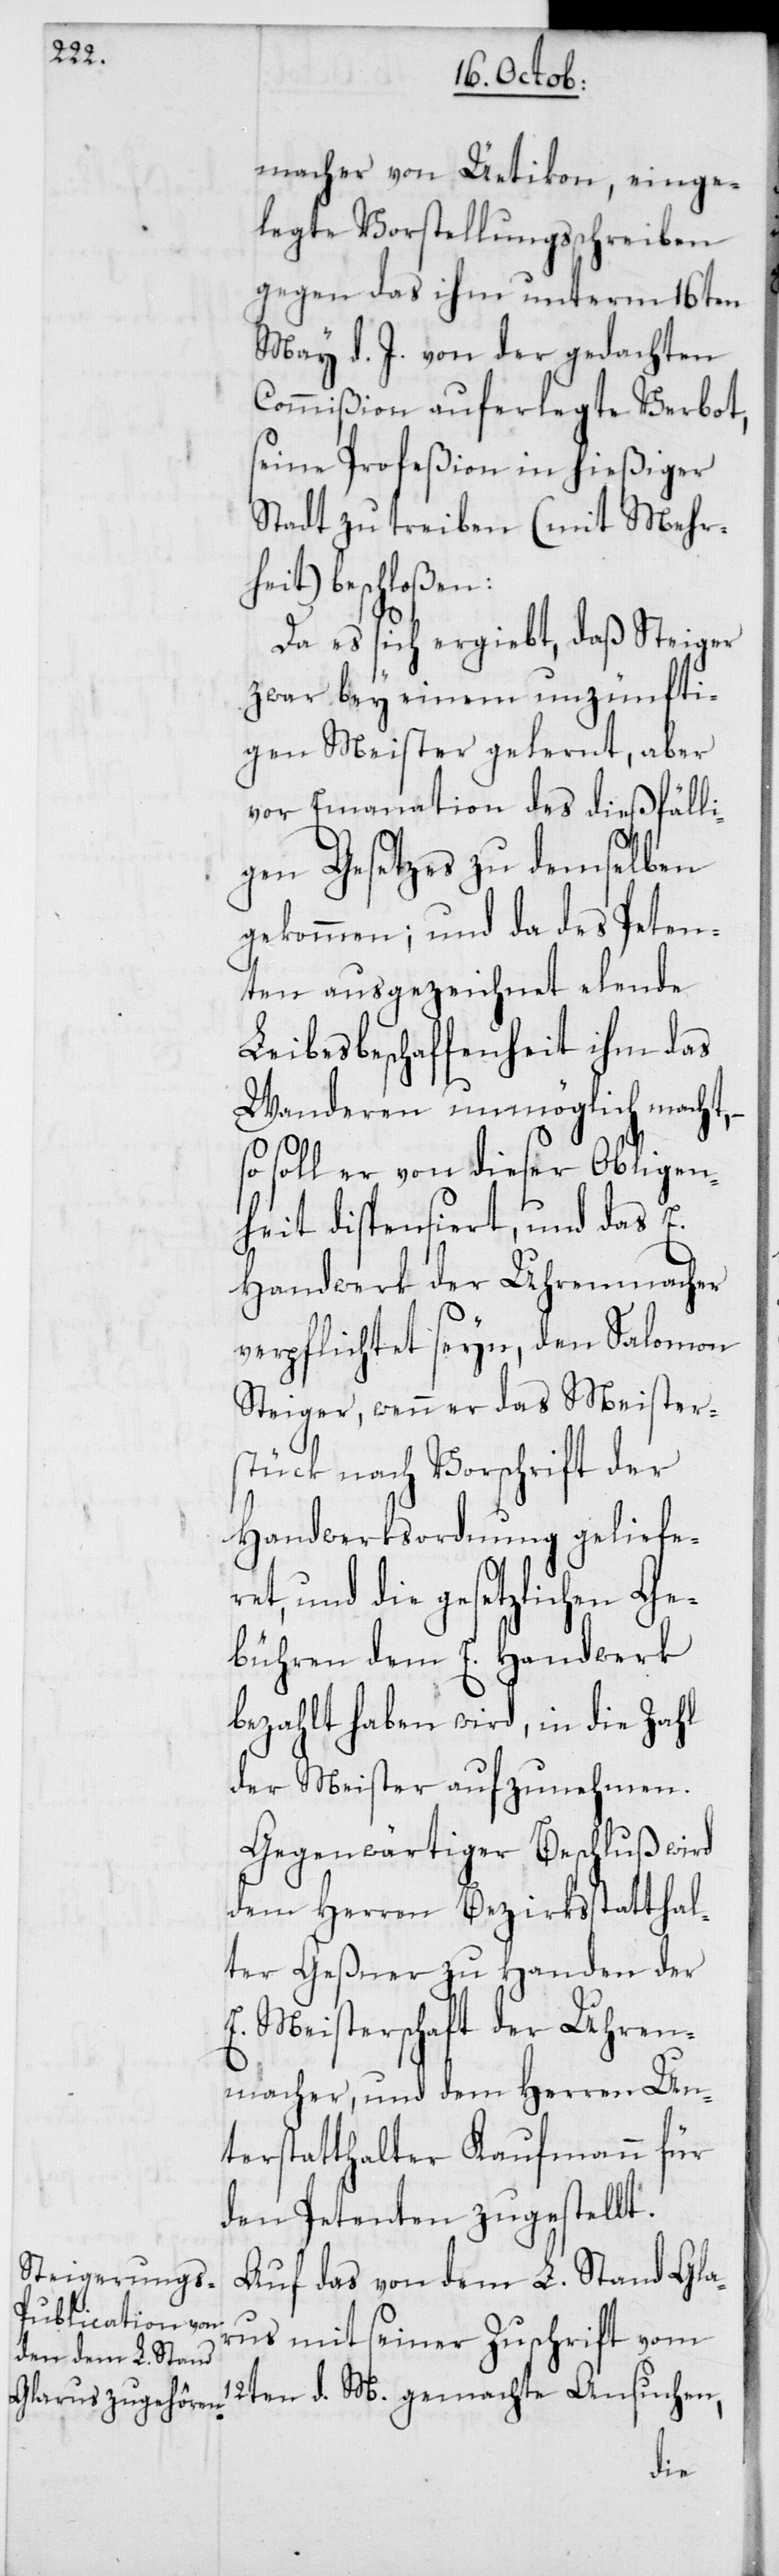
macher von Üetikon, einge¬
legte Vorstellungsschreiben
gegen das ihm unterm 16ten
May d. J. von der gedachten
Commißion auferlegte Verbot,
seine Profeßion in hießiger
Stadt zu treiben (mit Mehrh¬
eit) beschloßen:
Da es sich ergiebt, daß Steiger
zwar bey einem unzünfti¬
gen Meister gelernt, aber
vor Emanation des dießfälli¬
gen Gesetzes zu demselben
gekommen; und da des Peten¬
ten ausgezeichnet elende
Leibesbeschaffenheit ihm das
Wanderen unmöglich macht,
soll er von dieser Obligen¬
heit dispensiert, und das E.
Handwerk der Uhrenmacher
verpflichtet seyn, den Salomon
Steiger, wenn er das Meister¬
stück nach Vorschrift der
Handwerksordnung geliefer¬
et, und die gestzlichen Ge¬
bühren dem E. Handwerk
bezahlt haben wird, in die Zahl
der Meister aufzunehmen.
Gegenwärtiger Beschluß wird
dem Herren Bezirksstatthal¬
ter Geßner zu Handen der
E. Meisterschaft der Uhren¬
macher, und dem Herren Un¬
terstatthalter Kaufmann für
den Petenten zugestellt.
Auf das von dem L. Stand Gla¬
rus mit seiner Zuschrift vom
12ten d. M. gemachte Ansuchen,